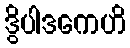
ဒွိပါဒကေဟိ